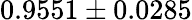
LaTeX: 0.9551\pm 0.0285